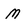
Character: M